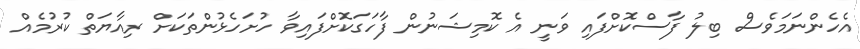
އެހެންނަމަވެސް ބިލު ފާސްކޮށްފައި ވަނީ އެ ކޮމިޝަނުން ފާހަގަކޮށްފައިވާ ހުށަހެޅުންތަކަށް ރިއާޔަތް ކުރުމެއް